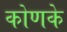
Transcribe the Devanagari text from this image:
कोणके